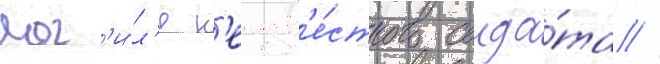
мог'и́л'е н'еизв'е́стного солда́та //